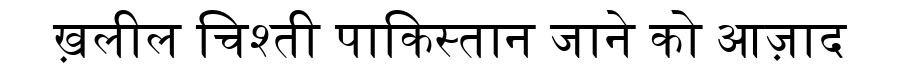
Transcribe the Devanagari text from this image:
ख़लील चिश्ती पाकिस्तान जाने को आज़ाद